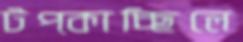
টপ্‌কাচ্ছিলে